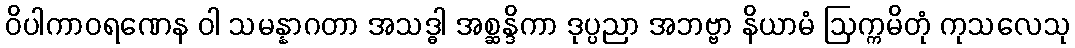
ဝိပါကာဝရဏေန ဝါ သမန္နာဂတာ အသဒ္ဓါ အစ္ဆန္ဒိကာ ဒုပ္ပညာ အဘဗ္ဗာ နိယာမံ ဩက္ကမိတုံ ကုသလေသု